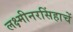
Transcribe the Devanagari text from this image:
लक्ष्मीनरसिंहाचें